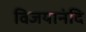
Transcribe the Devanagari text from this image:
विजयानंदि